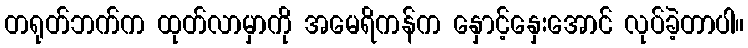
တရုတ်ဘက်က ထုတ်လာမှာကို အမေရိကန်က နှောင့်နှေးအောင် လုပ်ခဲ့တာပါ။